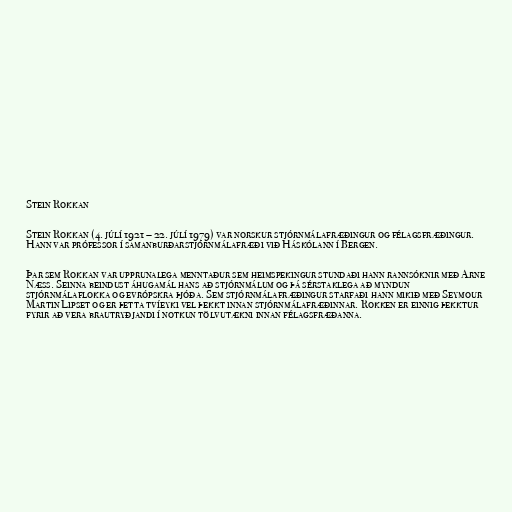
Stein Rokkan

Stein Rokkan (4. júlí 1921 – 22. júlí 1979) var norskur stjórnmálafræðingur og félagsfræðingur.
Hann var prófessor í samanburðarstjórnmálafræði við Háskólann í Bergen.

Þar sem Rokkan var upprunalega menntaður sem heimspekingur stundaði hann rannsóknir með Arne
Næss. Seinna beindust áhugamál hans að stjórnmálum og þá sérstaklega að myndun
stjórnmálaflokka og evrópskra þjóða. Sem stjórnmálafræðingur starfaði hann mikið með Seymour
Martin Lipset og er þetta tvíeyki vel þekkt innan stjórnmálafræðinnar. Rokken er einnig þekktur
fyrir að vera brautryðjandi í notkun tölvutækni innan félagsfræðanna.